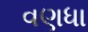
વણધા